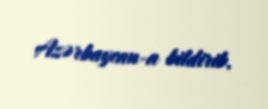
Azərbaycan-a bildirib.